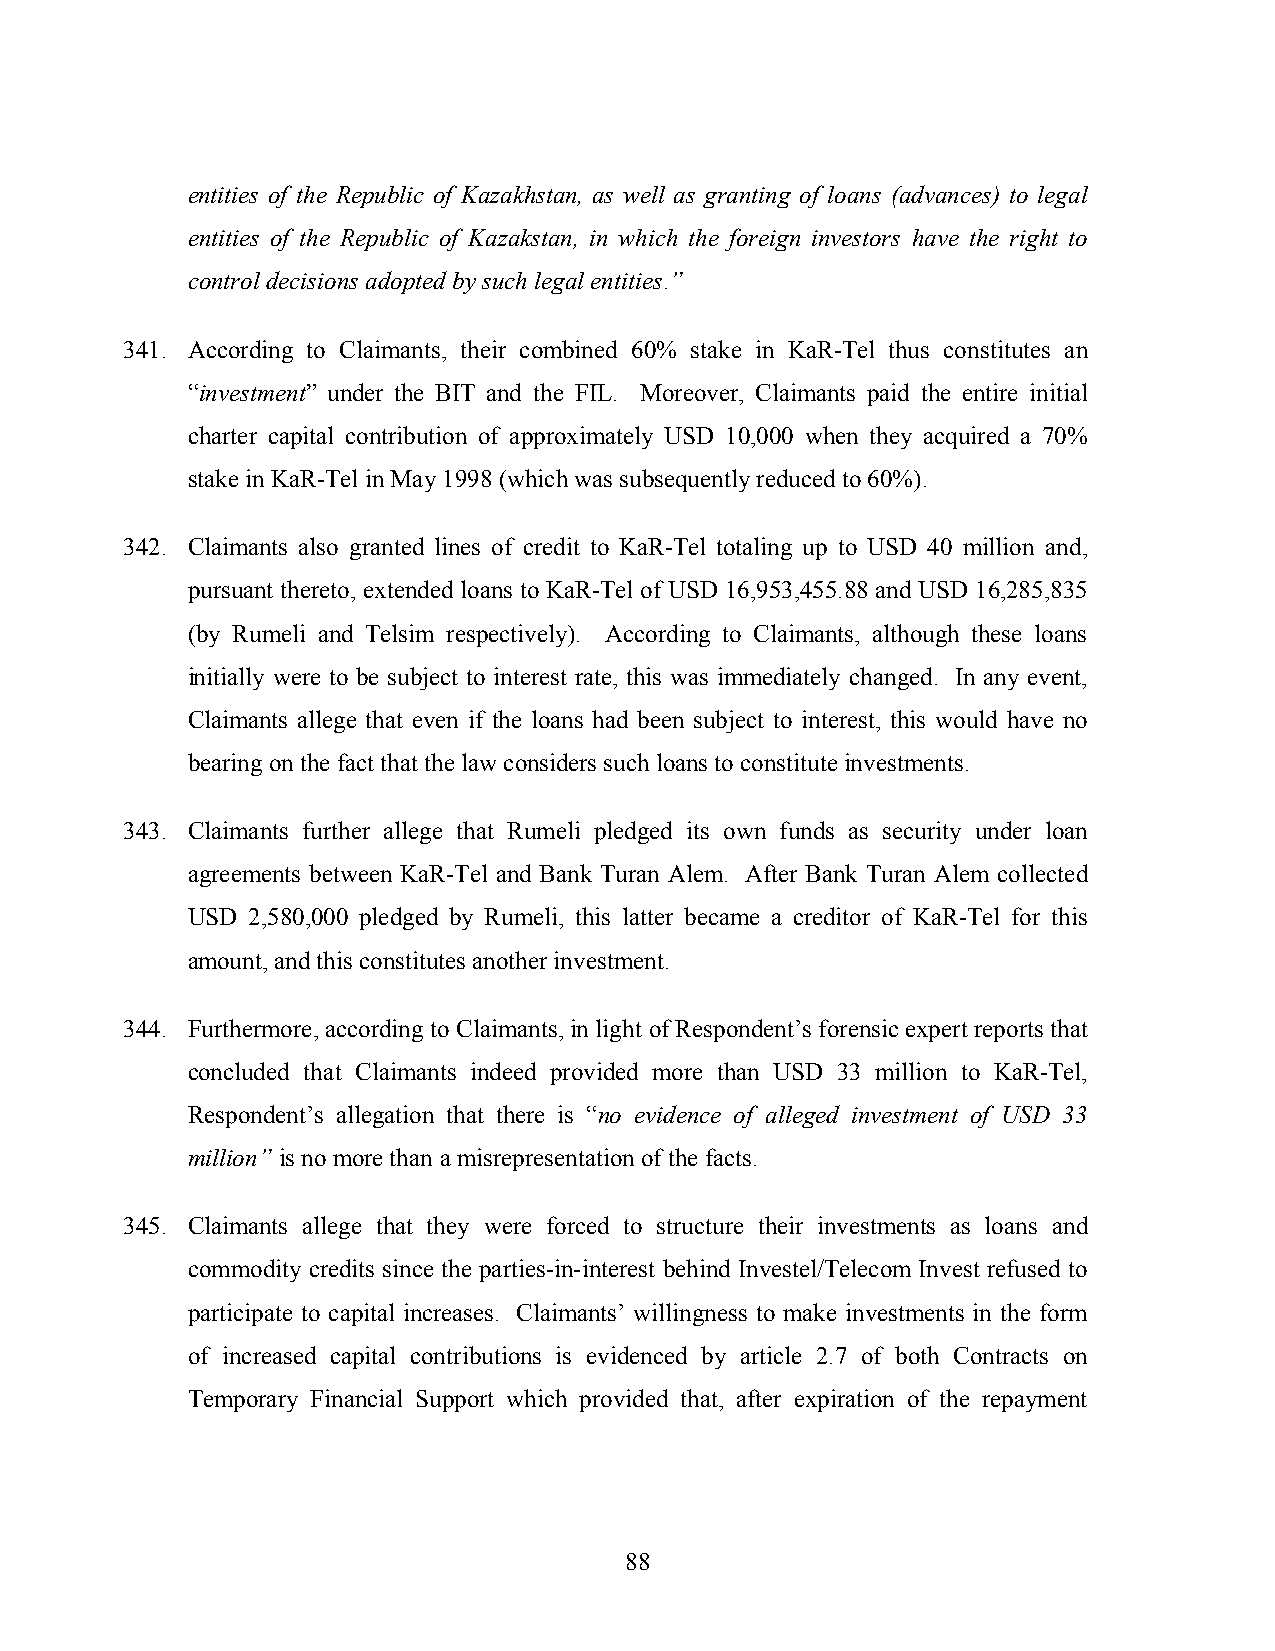
entities of the Republic of Kazakhstan, as well as granting of loans (advances) to legal
 entities of the Republic of Kazakstan, in which the foreign investors have the right to
 control decisions adopted by such legal entities.”
 341. According to Claimants, their combined 60% stake in KaR-Tel thus constitutes an
 “investment” under the BIT and the FIL. Moreover, Claimants paid the entire initial
 charter capital contribution of approximately USD 10,000 when they acquired a 70%
 stake in KaR-Tel in May 1998 (which was subsequently reduced to 60%).
 342. Claimants also granted lines of credit to KaR-Tel totaling up to USD 40 million and,
 pursuant thereto, extended loans to KaR-Tel of USD 16,953,455.88 and USD 16,285,835
 (by Rumeli and Telsim respectively). According to Claimants, although these loans
 initially were to be subject to interest rate, this was immediately changed. In any event,
 Claimants allege that even if the loans had been subject to interest, this would have no
 bearing on the fact that the law considers such loans to constitute investments.
 343. Claimants further allege that Rumeli pledged its own funds as security under loan
 agreements between KaR-Tel and Bank Turan Alem. After Bank Turan Alem collected
 USD 2,580,000 pledged by Rumeli, this latter became a creditor of KaR-Tel for this
 amount, and this constitutes another investment.
 344. Furthermore, according to Claimants, in light of Respondent’s forensic expert reports that
 concluded that Claimants indeed provided more than USD 33 million to KaR-Tel,
 Respondent’s allegation that there is “no evidence of alleged investment of USD 33
 million” is no more than a misrepresentation of the facts.
 345. Claimants allege that they were forced to structure their investments as loans and
 commodity credits since the parties-in-interest behind Investel/Telecom Invest refused to
 participate to capital increases. Claimants’ willingness to make investments in the form
 of increased capital contributions is evidenced by article 2.7 of both Contracts on
 Temporary Financial Support which provided that, after expiration of the repayment
 88